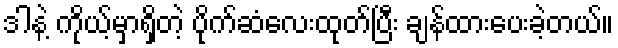
ဒါနဲ့ ကိုယ့်မှာရှိတဲ့ ပိုက်ဆံလေးထုတ်ပြီး ချန်ထားပေးခဲ့တယ်။